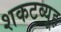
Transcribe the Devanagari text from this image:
शकटव्यूह